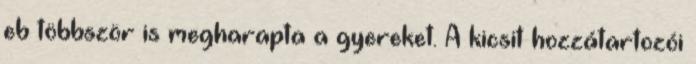
eb többször is megharapta a gyereket. A kicsit hozzátartozói